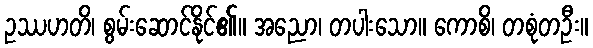
ဥဿဟတိ၊ စွမ်းဆောင်နိုင်၏။ အညော၊ တပါးသော။ ကောစိ၊ တစုံတဦး။